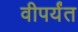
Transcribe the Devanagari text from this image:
वीपर्यंत